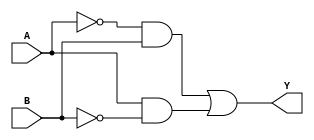
module xor_gate (
  input A,
  input B,
  output Y
);

  // CMOS XOR gate implementation
  wire not_A, not_B;
  wire path1, path2;
  
  assign not_A = ~A;
  assign not_B = ~B;
  
  assign path1 = not_A & B;
  assign path2 = A & not_B;
  
  assign Y = path1 | path2;

endmodule